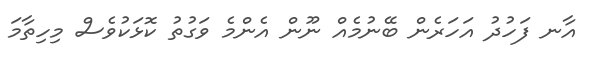
އާނ ފަހުދު އަހަރެން ބޭނުމެއް ނޫން އެންމެ ވަގުތު ކޮޅަކުވެސް މިހިތާމަ